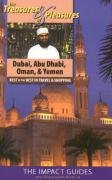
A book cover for Treasures & Pleasures of Dubai,Abu Dhabi,Oman & Yemen: Best of the Best in Travel and Shopping; Ronald Krannich; Travel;